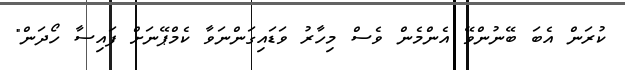
ކުރަން އެބަ ބޭނުންވޭ އެންމެން ވެސް މިހާރު ވަޑައިގަންނަވާ ކެމްޕޭނަށް ފައިސާ ހޯދަން"